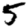
Digit: 5